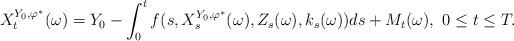
LaTeX: \begin{align*}X_t^{Y_0, \varphi^*}(\omega) = Y_0-\int_0^t f(s,X_s^{Y_0, \varphi^*}(\omega),Z_s(\omega),k_s(\omega))ds + M_t(\omega), \,\, 0 \leq t \leq T. \end{align*}